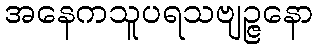
အနေကသူပရသဗျဉ္ဇနော